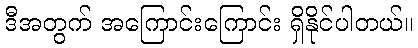
ဒီအတွက် အကြောင်းကြောင်း ရှိနိုင်ပါတယ်။